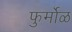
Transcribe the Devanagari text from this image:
फुर्मोळ